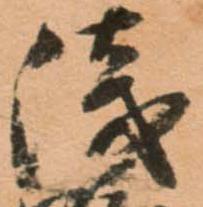
浅